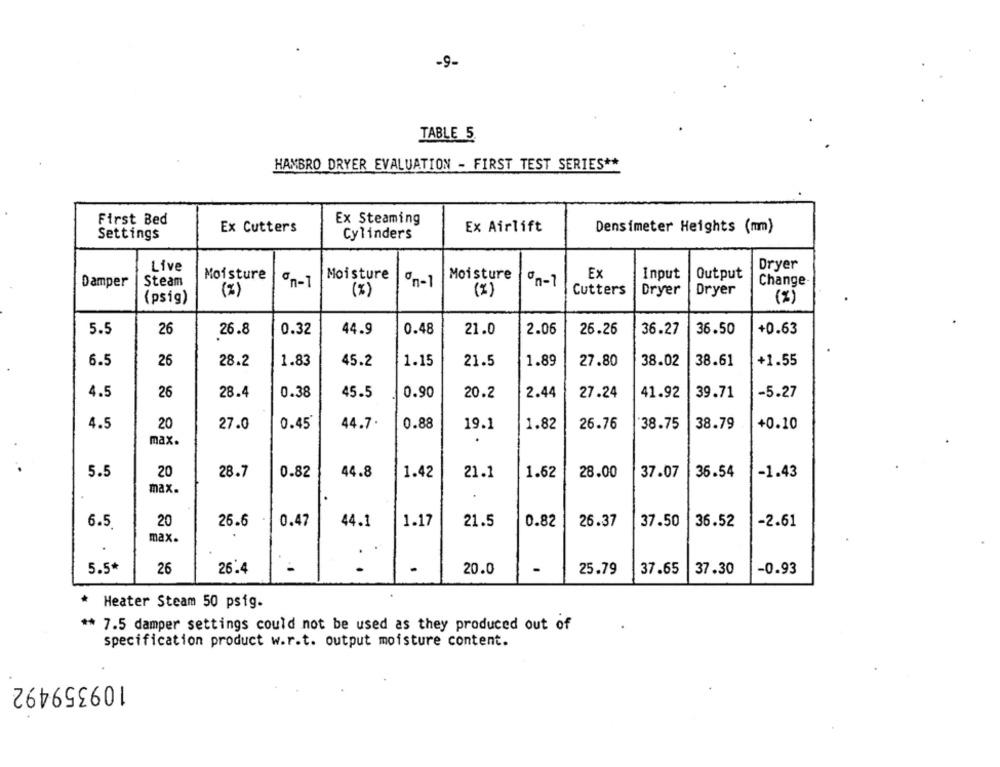
-9-
TABLE 5.
HAMBRO DRYER EVALUATION - FIRST TEST SERIES **
First Bed
Ex Steaming
Ex Cutters
Ex Airlift
Densimeter Heights (mm)
Settings
Cylinders
Live
Dryer
Moisture
Moisture
Ex
Input
Output
Damper
Steam
on-1
Moisture
on-1
on-1
Change-
( I)
Cutters
Dryer
Dryer
(psig)
(%)
(%)
(%)
5.5
26
26.8
44.9
0.48
21.0
2.06
36.27
36.50
+0.63
0.32
26.26
6.5
26
28.2
1.83
45.2
1.15
21.5
1.89
27.80
38.02
38.61
+1.55
4.5
26
28.4
0.38
45.5
0.90
20.2
2.44
27.24
41.92
39.71
-5.27
4.5
20
27.0
0.45
44.7.
0.88
19.1
1.82
26.76
38.75
38.79
+0.10
max.
5.5
20
28.7
0.82
44.8
1.42
21.1
1.62
28.00
37.07
36.54
-1.43
max.
20
6.5
26.6
0.47
44.1
1.17
21.5
0.82
26.37
37.50
36.52
-2.61
max.
5.5*
26
26.4
20.0
-
25.79
37.65
37.30
-0.93
* Heater Steam 50 psig.
** 7.5 damper settings could not be used as they produced out of
specification product w.r.t. output moisture content.
109359492